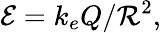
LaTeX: \mathcal{E}=k_{e}Q/{\mathcal{{R}}}^{2},